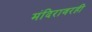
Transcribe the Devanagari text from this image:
मंदिरावरही